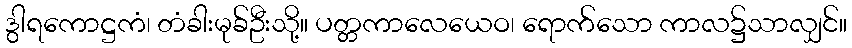
ဒွါရကောဋ္ဌကံ၊ တံခါးမုခ်ဦးသို့။ ပတ္တကာလေယေဝ၊ ရောက်သော ကာလ၌သာလျှင်။